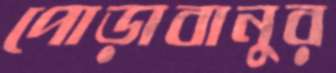
পোড়াবানুর